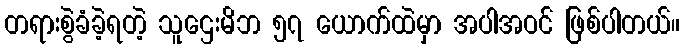
တရားစွဲခံခဲ့ရတဲ့ သူဌေးမိဘ ၅၇ ယောက်ထဲမှာ အပါအဝင် ဖြစ်ပါတယ်။